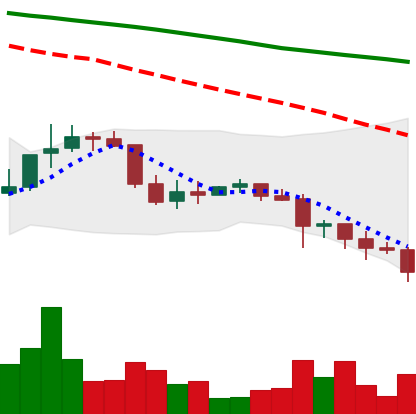
Ticker: DOGE-USD
Chart end date: 2022-01-10
Forward return: 29.118%
Label: up_7plus